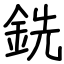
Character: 銑